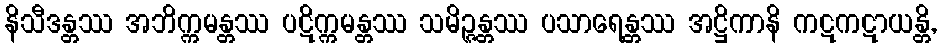
နိသီဒန္တဿ အဘိက္ကမန္တဿ ပဋိက္ကမန္တဿ သမိဉ္ဇန္တဿ ပသာရေန္တဿ အဋ္ဌိကာနိ ကဋကဋာယန္တိ,